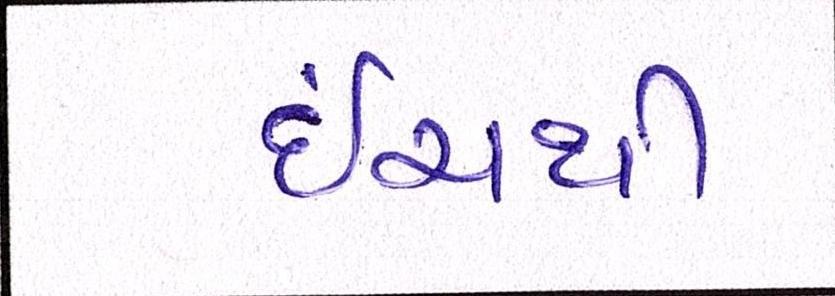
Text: ઇંચથી